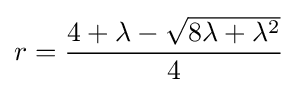
r={\frac {4+\lambda -{\sqrt {8\lambda +\lambda ^{2}}}}{4}}